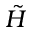
\protect \tilde { H }